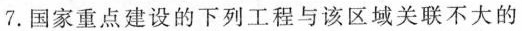
7.国家重点建设的下列工程与该区域关联不大的